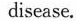
disease.